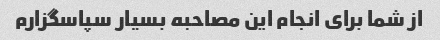
از شما برای انجام این مصاحبه بسیار سپاسگزارم